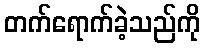
တက်ရောက်ခဲ့သည်ကို